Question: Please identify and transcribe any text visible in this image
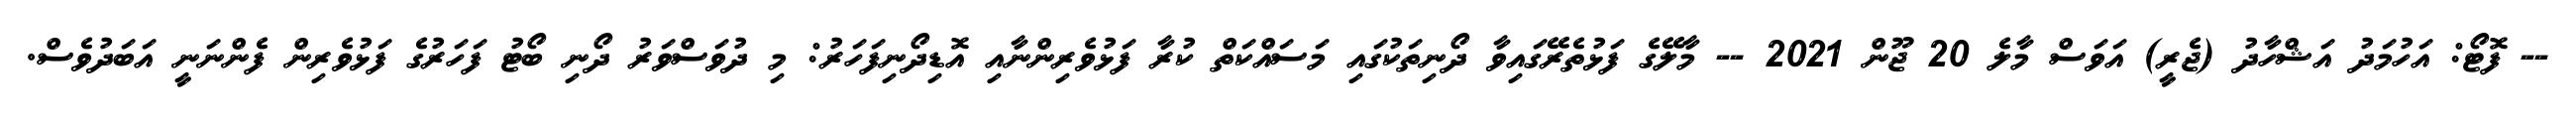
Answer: -- ފޮޓޯ: އަހުމަދު އަޝްހާދު (ޖެރީ) އަވަސް މާލެ 20 ޖޫން 2021 -- މާލޭގެ ފަޅުތެރޭގައިވާ ދޯނިތަކުގައި މަސައްކަތް ކުރާ ފަޅުވެރިންނާއި އޮޑިދޯނިފަހަރު: މި ދުވަސްވަރު ދޯނި ބޯޓު ފަހަރުގެ ފަޅުވެރިން ފެންނަނީ އަބަދުވެސް.